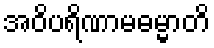
အဝိပရိဏာမဓမ္မာတိ